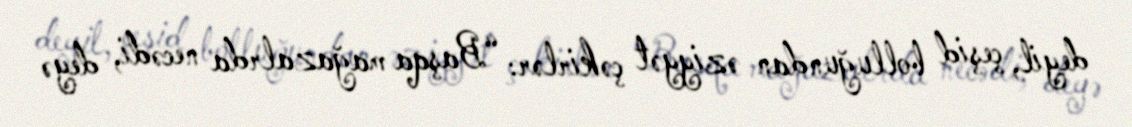
deyil, çeşid bolluğundan əziyyət çəkirlər: “Başqa mağazalrda necədi, deyə